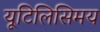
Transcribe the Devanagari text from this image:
यूटिलिसिमय